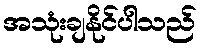
အသုံးချနိုင်ပါသည်